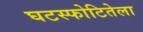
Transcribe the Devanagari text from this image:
घटस्फोटितेला